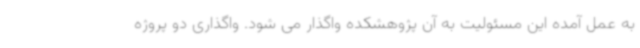
به عمل آمده این مسئولیت به آن پژوهشکده واگذار می شود. واگذاری دو پروژه